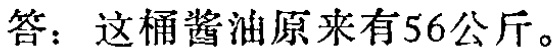
答：这桶酱油原来有56公斤。